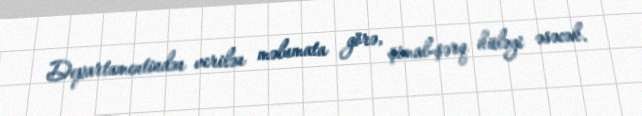
Departamentindən verilən məlumata görə, şimal-şərq küləyi əsəcək.